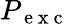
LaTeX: P_{\mathrm{~e~x~c~}}